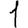
Digit: 1